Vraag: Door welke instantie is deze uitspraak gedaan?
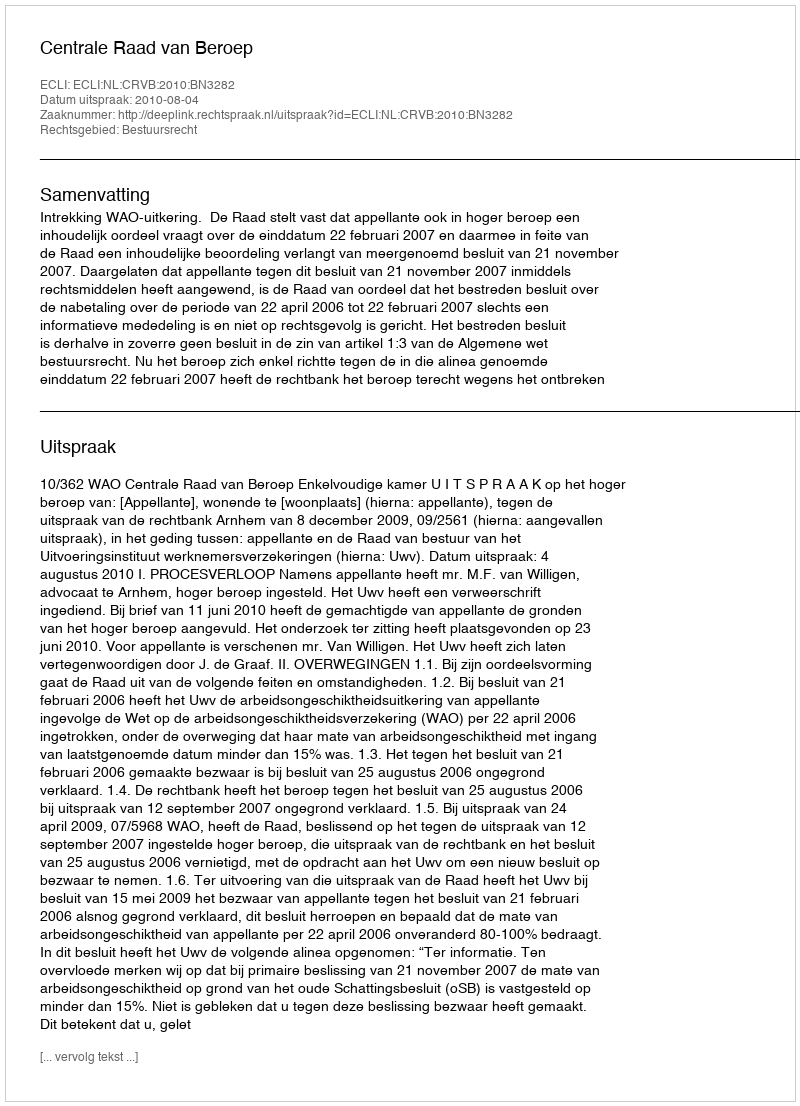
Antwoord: Centrale Raad van Beroep